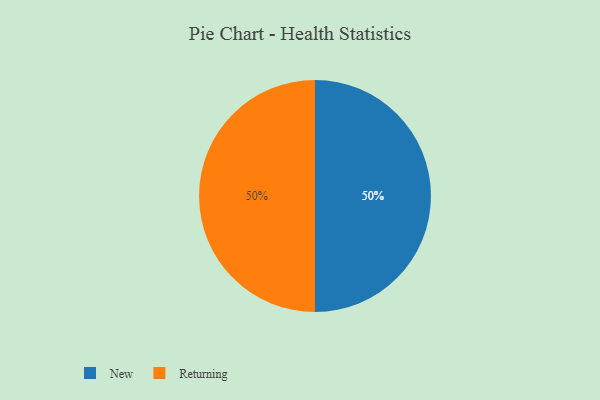
{"axis": {"x": "Category", "y": "Percentage"}, "legend": ["New", "Returning"], "data": [{"x": "New", "y": 50, "type": "New"}, {"x": "Returning", "y": 50, "type": "Returning"}]}